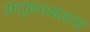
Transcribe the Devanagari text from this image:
अनुभवक्षमता